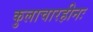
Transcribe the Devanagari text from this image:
कुलाचारहीनः